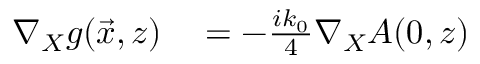
\begin{array} { r l } { \nabla _ { X } g ( \vec { x } , z ) } & { { } = - \frac { i k _ { 0 } } { 4 } \nabla _ { X } A ( 0 , z ) } \end{array}